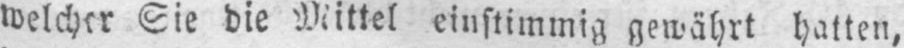
Sie die Mittel einstimmig gewährt hatten,